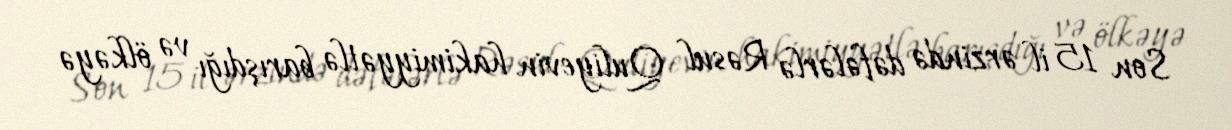
Son 15 il ərzində dəfələrlə Rəsul Quliyevin hakimiyyətlə barışdığı və ölkəyə